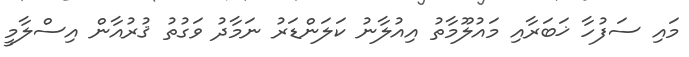
މައި ސަފުހާ ޚަބަރާއި މައުލޫމާތު އިއުލާނު ކަލަންޑަރު ނަމާދު ވަގުތު ޤުރުއާން އިސްލާމީ